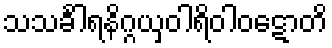
သသင်္ခါရနိဂ္ဂယှဝါရိဝါဝဋောတိ